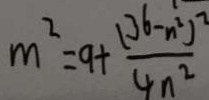
m ^ { 2 } = 9 + \frac { ( 3 6 - n ^ { 2 } ) ^ { 2 } } { 4 n ^ { 2 } }